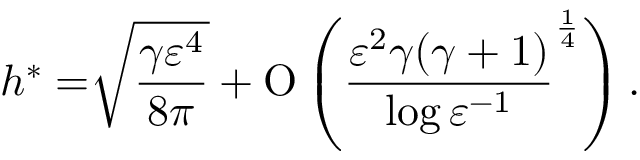
h ^ { \ast } = \sqrt [ ] { \frac { \gamma \varepsilon ^ { 4 } } { 8 \pi } } + \ensuremath { \operatorname { O } \left( \frac { \varepsilon ^ { 2 } \gamma ( \gamma + 1 ) } { \log { { \varepsilon } ^ { - 1 } } } ^ { \frac { 1 } { 4 } } \right) } .